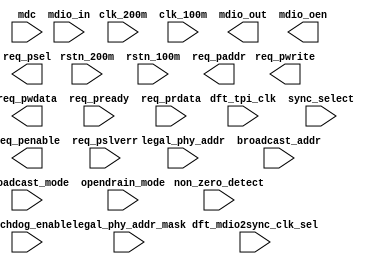

module mdio_top
(
    input   wire            dft_tpi_clk,
    input   wire            dft_mdio2sync_clk_sel,

    input   wire            clk_200m,
    input   wire            clk_100m,
    input   wire            rstn_200m,
    input   wire            rstn_100m,

    input   wire            mdio_in,
    input   wire            mdc,
    output  wire            mdio_out,
    output  wire            mdio_oen,

    input   wire    [4 :0]  legal_phy_addr,
    input   wire    [4 :0]  legal_phy_addr_mask,
    input   wire    [4 :0]  broadcast_addr,
    input   wire            broadcast_mode,
    input   wire            non_zero_detect,
    input   wire            opendrain_mode,
    input   wire            watchdog_enable,
    input   wire            sync_select,

    output  wire    [20:0]  req_paddr,
    output  wire            req_pwrite,
    output  wire            req_psel,
    output  wire            req_penable,
    output  wire    [15:0]  req_pwdata,

    input   wire            req_pready,
    input   wire    [15:0]  req_prdata,
    input   wire            req_pslverr
);

endmodule